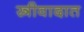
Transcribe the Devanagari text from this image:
स्त्रीवादात